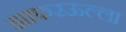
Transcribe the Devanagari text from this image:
झाफरऊल्ला